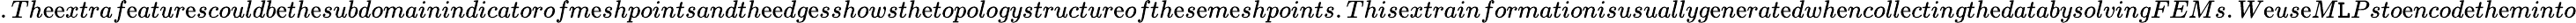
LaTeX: .Th\mathrm{e}\mathrm{e}xtraf\mathrm{e}atur\mathrm{e}scouldb\mathrm{e}th\mathrm{e}subdomainindicatorofm\mathrm{e}shpointsandth\mathrm{e}\mathrm{e}dg\mathrm{e}sshowsth\mathrm{e}topologystructur\mathrm{e}ofth\mathrm{e}s\mathrm{e}m\mathrm{e}shpoints.This\mathrm{e}xtrainformationisusuallyg\mathrm{e}n\mathrm{e}rat\mathrm{e}dwh\mathrm{e}ncoll\mathrm{e}ctingth\mathrm{e}databysolvingFEMs.W\mathrm{e}us\mathrm{e}M\mathtt{L}Psto\mathrm{e}ncod\mathrm{e}th\mathrm{e}minto